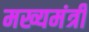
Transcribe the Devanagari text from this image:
मख्यमंत्री